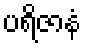
ပရိဇာနံ